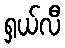
ရှယ်လီ